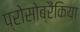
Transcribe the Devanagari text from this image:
प्रोसोब्रैंकिया